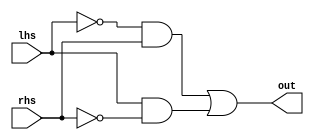
module Inverter(
  input wire lhs,
  input wire rhs,
  output wire out
);

  // Invert left and right hand sides
  not(lhs_prime, lhs);
  not(rhs_prime, rhs);

  // Compute products
  and(left, lhs_prime, rhs);
  and(right, lhs, rhs_prime);

  // Compute sum
  or(out, left, right);

endmodule // Inverter



module InverterTest;

  reg lhs;
  reg rhs;
  wire out;

  Inverter inverter(lhs, rhs, out);

  initial begin
    $monitor("lhs = %d, rhs = %d, out = %d", lhs, rhs, out);
    lhs = 0; rhs = 0;
    #20; lhs = 0; rhs = 1;
    #20; lhs = 1; rhs = 0;
    #20; lhs = 1; rhs = 1;
  end

endmodule // InverterTest